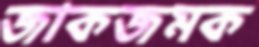
জাকজমক